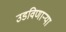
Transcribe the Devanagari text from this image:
उडविणार्‍या